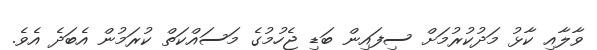
ވާލާއި ކާޅު މަދުކުރުމަށް ސިފައިން ބަޑި ޖެހުމުގެ މަސައްކަތް ކުރަމުން އެބަދެ އެވެ.